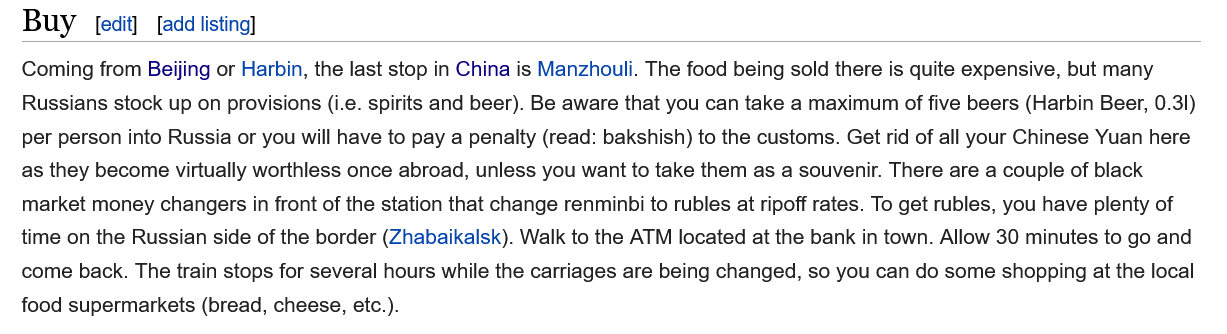
Buy    [add listing]
   Coming from Beijing or Harbin, the last stop in China is Manzhouli. The food being sold there is quite expensive, but many
   Russians stock up on provisions (i.e. spirits and beer). Be aware that you can take a maximum of five beers (Harbin Beer, 0.31)
   per person into Russia or you will have to pay a penalty (read: bakshish) to the customs. Get rid of all your Chinese Yuan here
   as they become virtually worthless once abroad, unless you want to take them as a souvenir. There are a couple of black
   market money changers in front of the station that change renminbi to rubles at ripoff rates. To get rubles, you have plenty of
   time on the Russian side of the border (Zhabaikalsk). Walk to the ATM located at the bank in town. Allow 30 minutes to go and
   come back. The train stops for several hours while the carriages are being changed, so you can do some shopping at the local
   food supermarkets (bread, cheese, etc.).